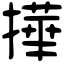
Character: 撶